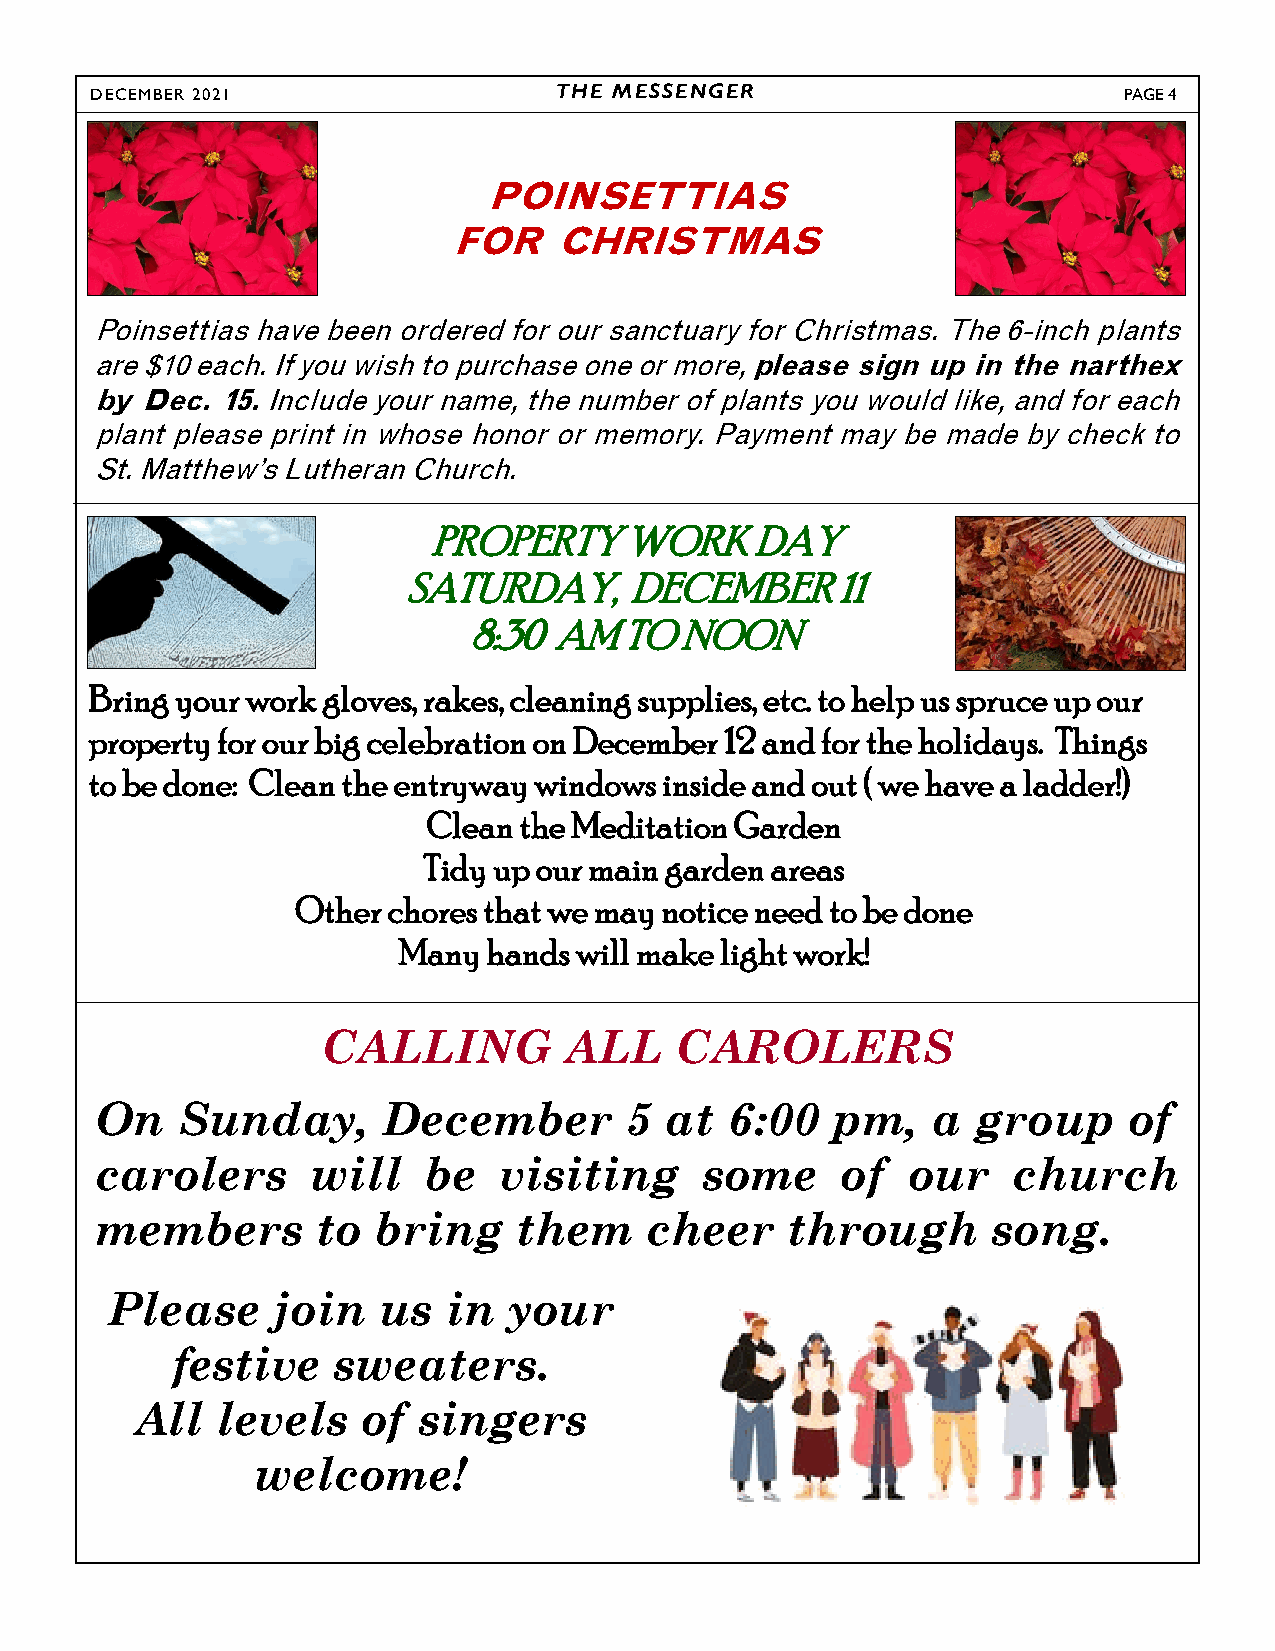
DECEMBER 2021                  THE MESSENGER                        PAGE 4
 POINSETTIAS
 FOR    CHRISTMAS
 Poinsettias have been ordered for our sanctuary for Christmas. The 6-inch plants
 are $10 each. If you wish to purchase one or more, please sign up in the narthex
 by Dec.  15. Include your name, the number of plants you would like, and for each
 plant please print in whose honor or memory. Payment may be made by check to
 St. Matthew’s Lutheran Church.
 PROPERTY     WORK     DAY
 SATURDAY,      DECEMBER     11
 8:30  AM  TO  NOON
 Bring your work gloves, rakes, cleaning supplies, etc. to help us spruce up our
 property for our big celebration on December 12 and for the holidays. Things
 to be done: Clean the entryway windows inside and out ( we have a ladder!)
 Clean the Meditation Garden
 Tidy up our main garden areas
 Other chores that we may notice need to be done
 Many  hands will make light work!
 CALLING         ALL     CAROLERS
 On    Sunday,      December        5  at  6:00   pm,    a  group     of
 carolers       will   be   visiting     some      of  our    church
 members        to  bring    them     cheer    through       song.
 Please     join   us   in  your
 festive    sweaters.
 All  levels    of  singers
 welcome!